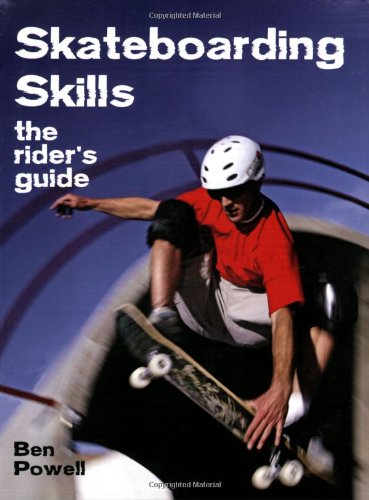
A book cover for Skateboarding Skills: The Rider's Guide; Ben Powell; Sports & Outdoors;